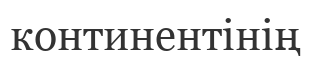
континентінің